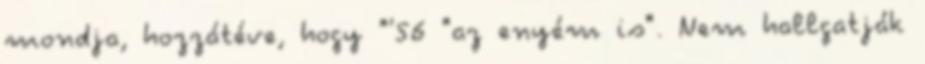
mondja, hozzátéve, hogy "'56 "az enyém is". Nem hallgatják